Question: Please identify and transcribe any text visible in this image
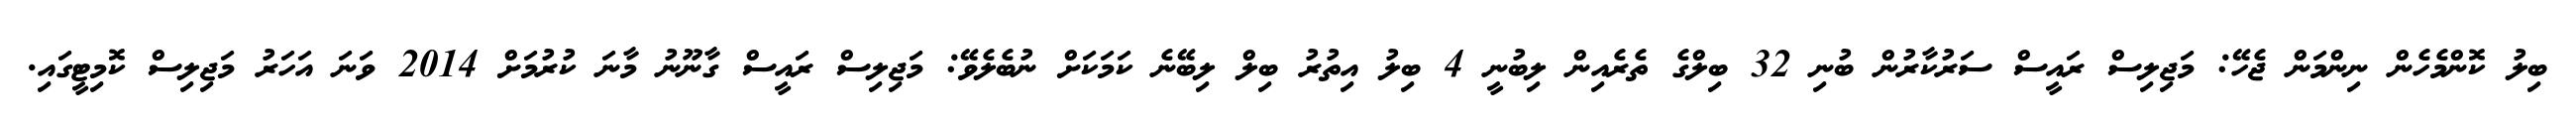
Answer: ބިލު ކޮންމެހެން ނިންމަން ޖެހޭ: މަޖިލިސް ރައީސް ސަރުކާރުން ބުނި 32 ބިލްގެ ތެރެއިން ލިބުނީ 4 ބިލު އިތުރު ބިލް ލިބޭނެ ކަމަކަށް ނުބެލެވޭ: މަޖިލިސް ރައީސް ގާނޫނު މާނަ ކުރުމަށް 2014 ވަނަ އަހަރު މަޖިލިސް ކޮމިޓީގައި.